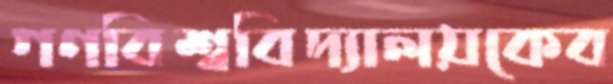
গণবিশ্ববিদ্যালয়কেব